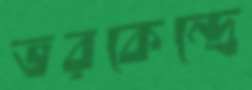
ভরকেন্দ্রে